65_HS1-834228961_62-HQ-83894_Section_9
Agency: FBI
Page 234
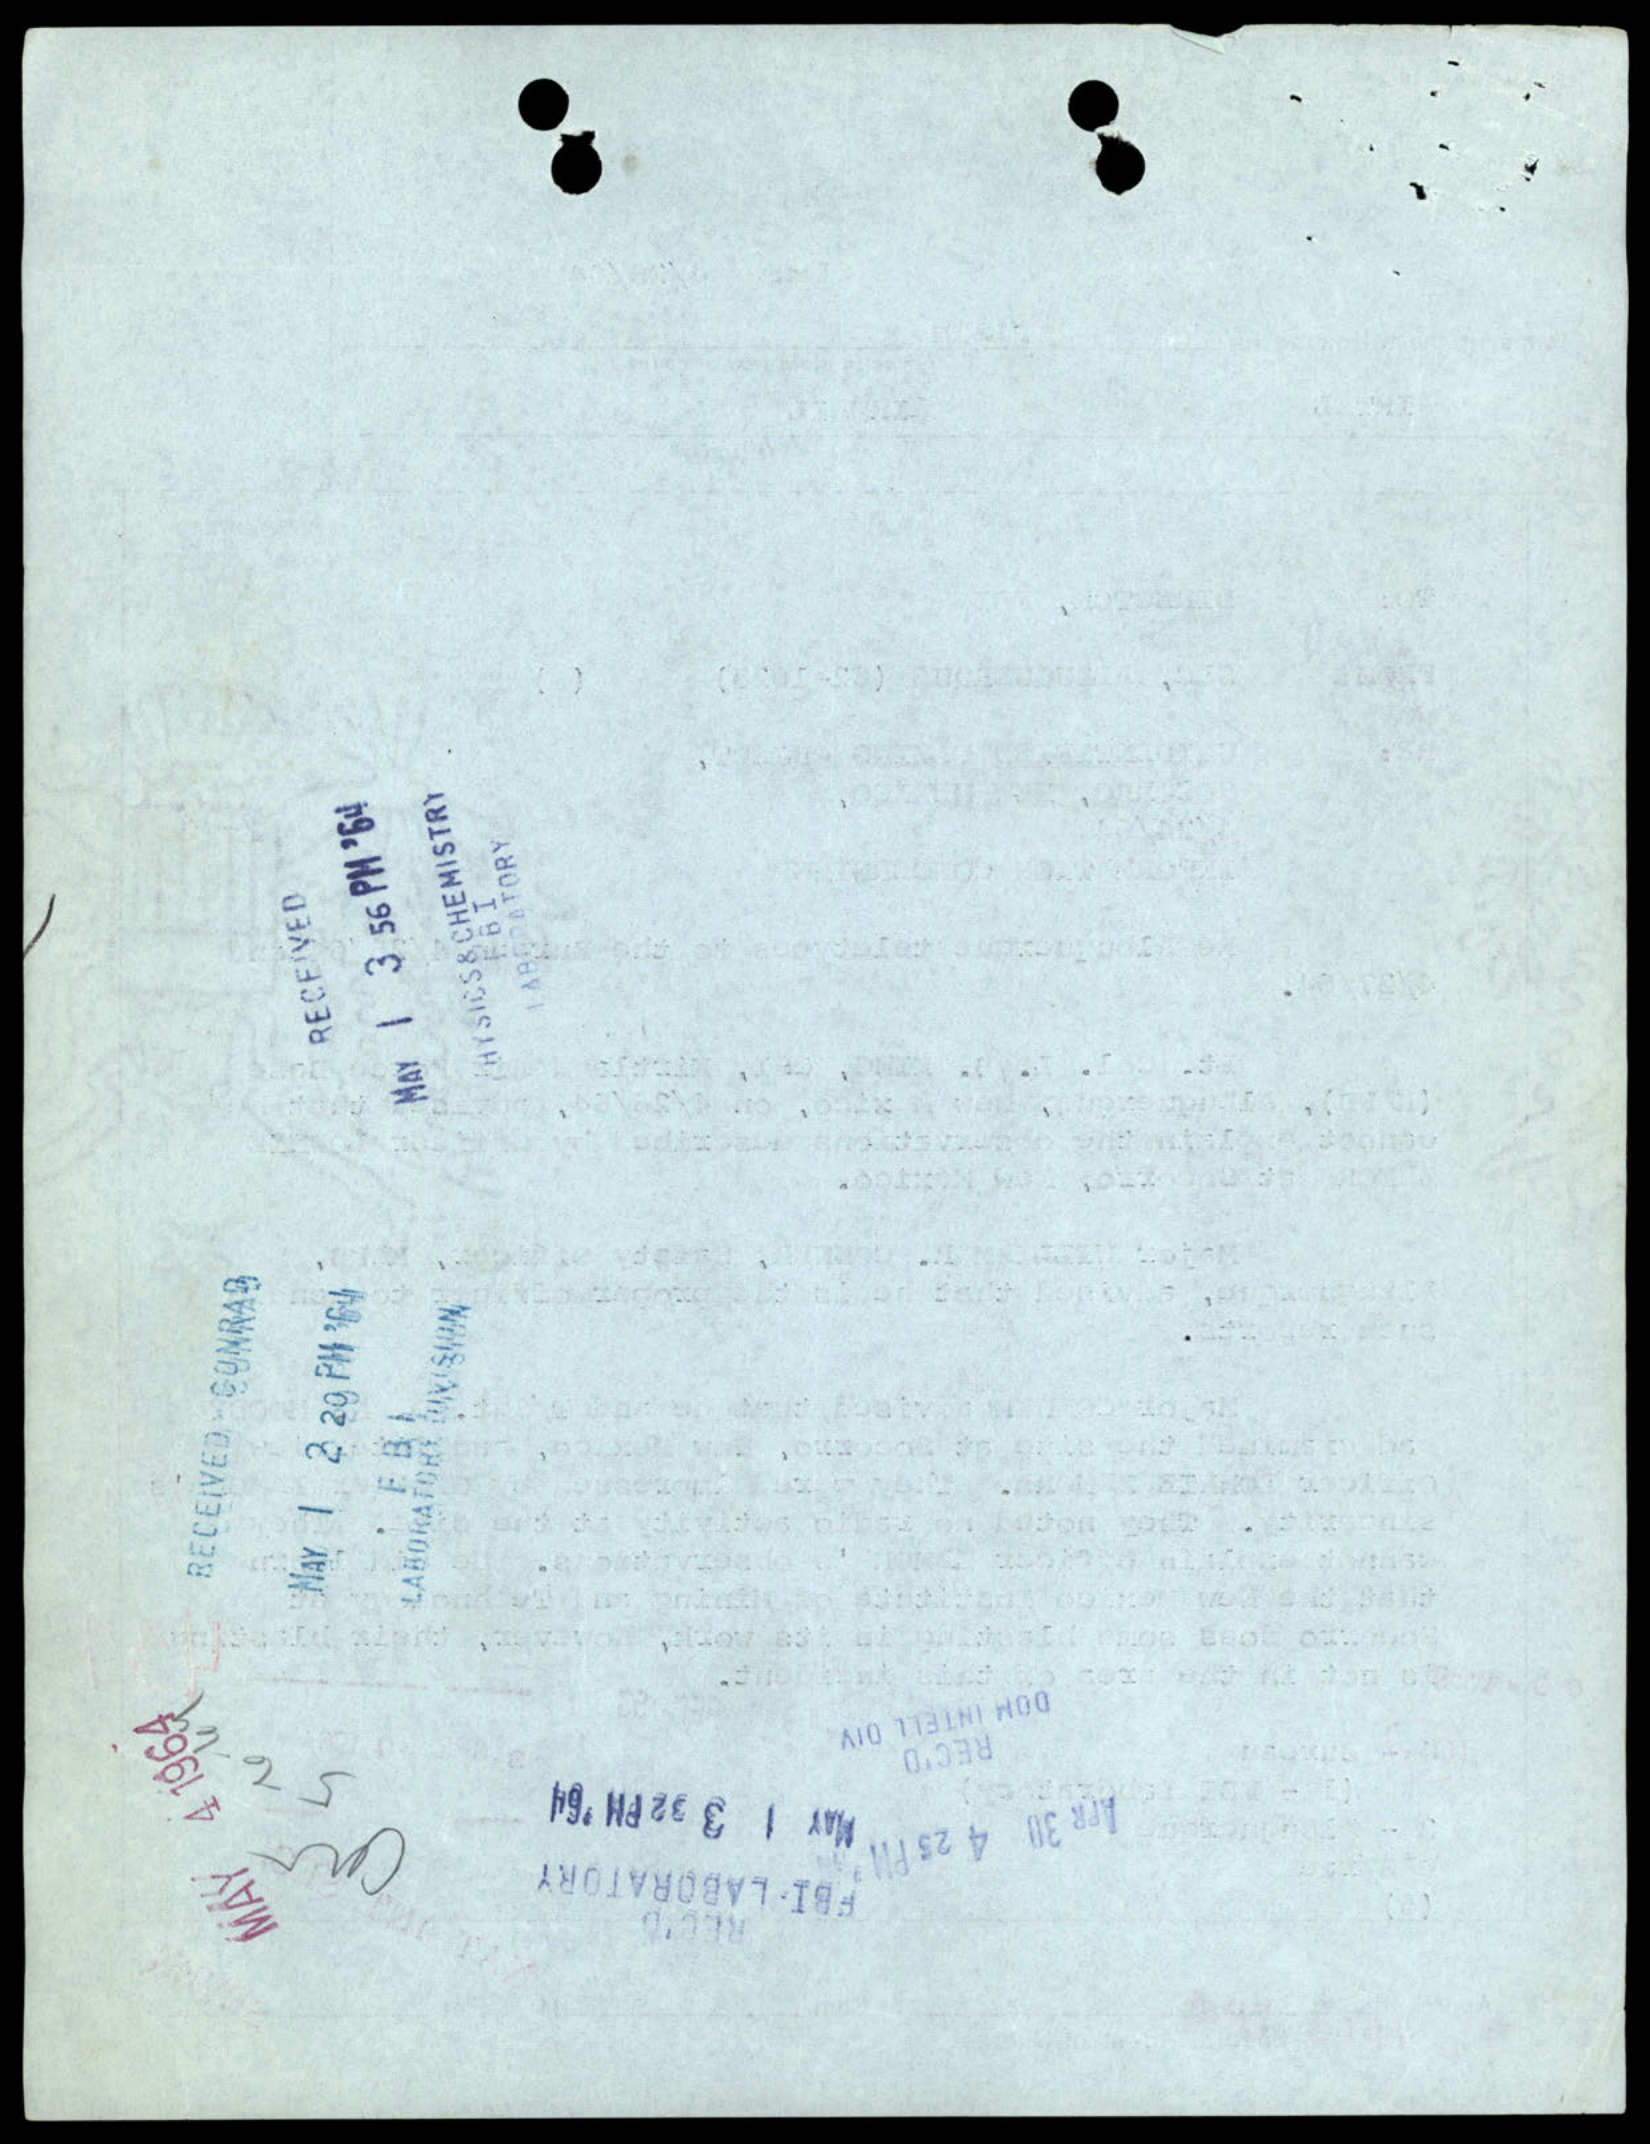